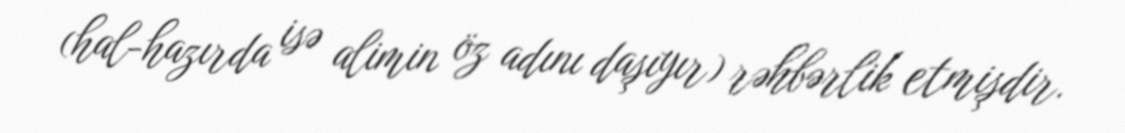
(hal-hazırda isə alimin öz adını daşıyır) rəhbərlik etmişdir.